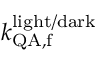
k _ { \mathrm { Q A , f } } ^ { \mathrm { l i g h t / d a r k } }